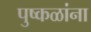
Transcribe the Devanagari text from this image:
पुष्‍कळांना